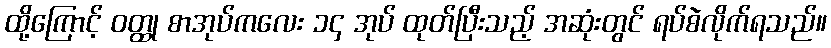
ထို့ကြောင့် ဝတ္ထု စာအုပ်ကလေး ၁၄ အုပ် ထုတ်ပြီးသည့် အဆုံးတွင် ရပ်စဲလိုက်ရသည်။